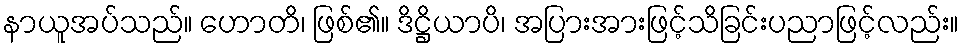
နာယူအပ်သည်။ ဟောတိ၊ ဖြစ်၏။ ဒိဋ္ဌိယာပိ၊ အပြားအားဖြင့်သိခြင်းပညာဖြင့်လည်း။